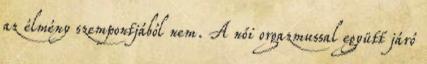
az élmény szempontjából nem. A női orgazmussal együtt járó